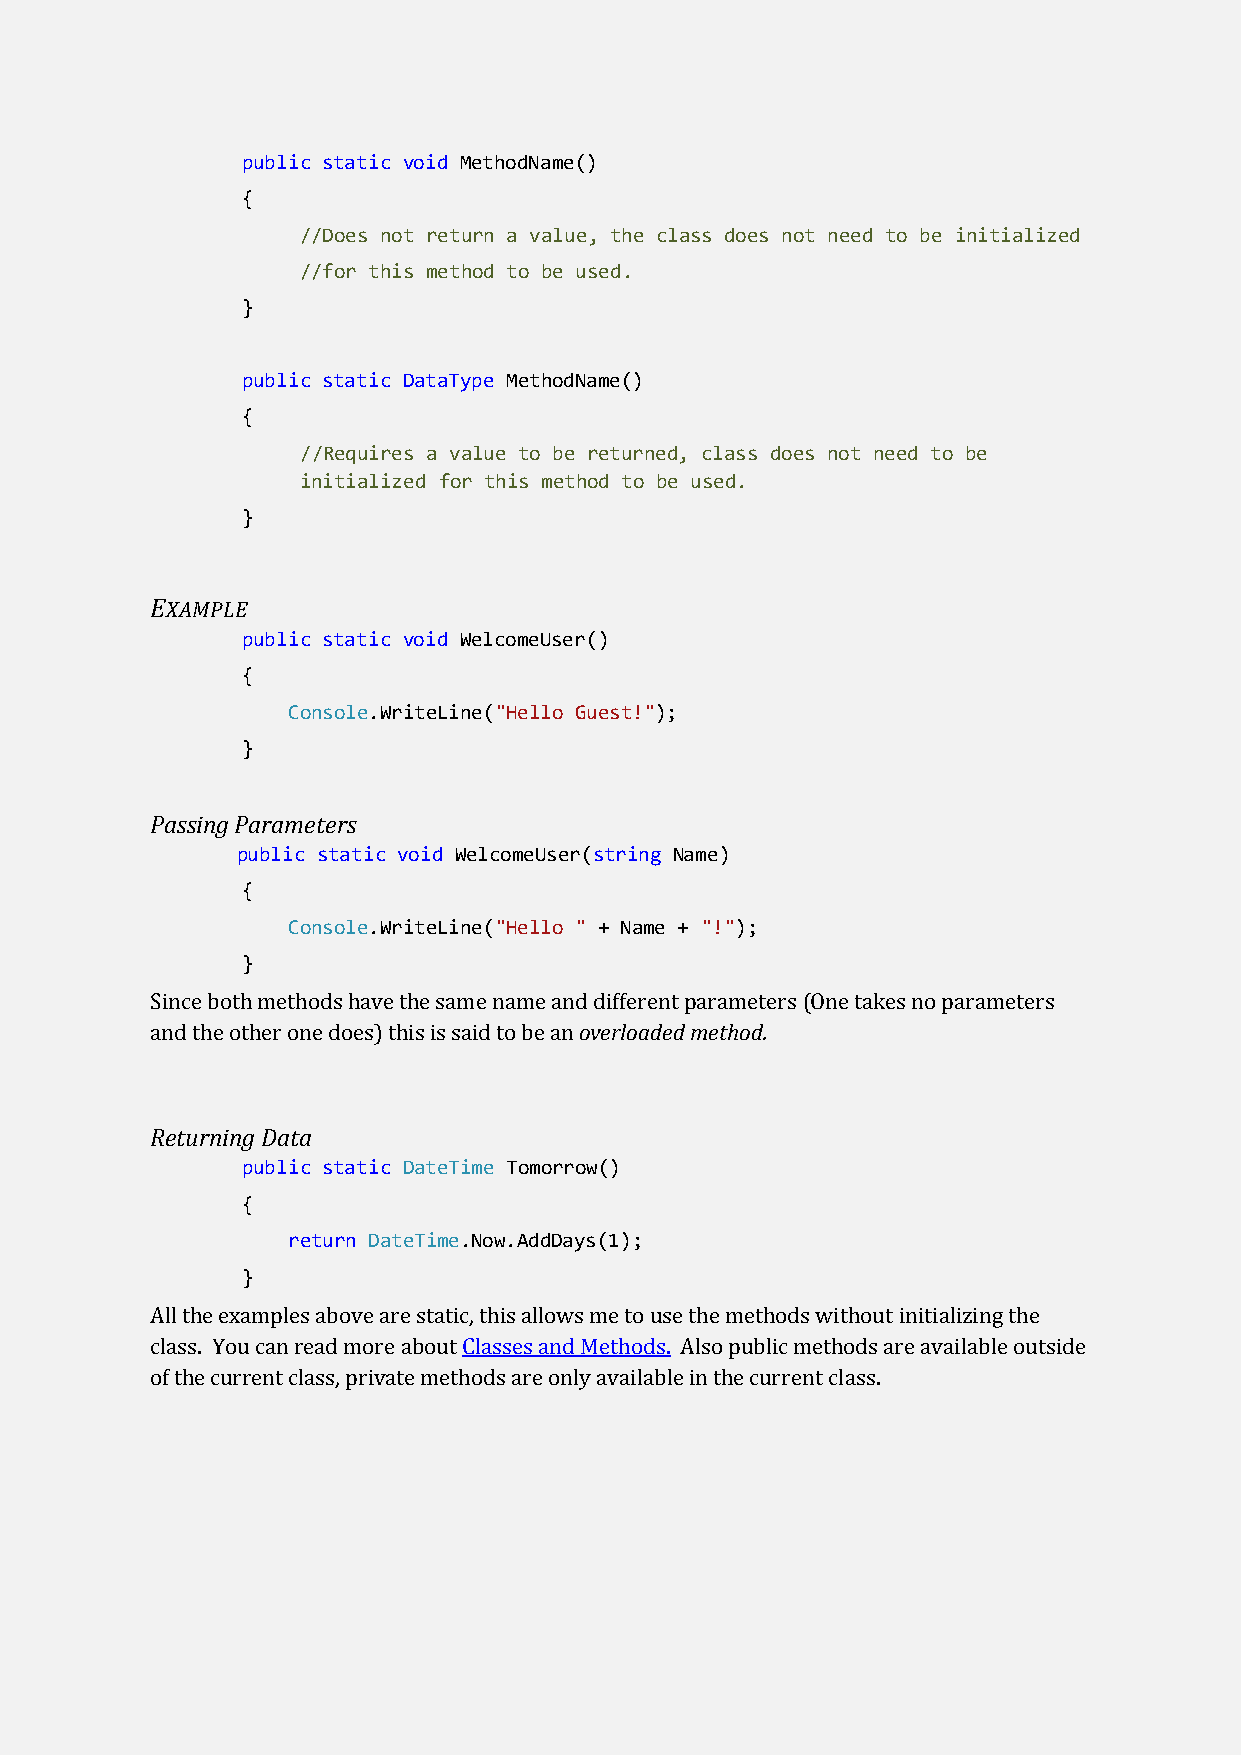
public static void MethodName()
 {
 //Does not return a value, the class does not need to be initialized
 //for this method to be used.
 }
 public static DataType MethodName()
 {
 //Requires a value to be returned, class does not need to be
 initialized for this method to be used.
 }
 EXAMPLE
 public static void WelcomeUser()
 {
 Console.WriteLine("Hello Guest!");
 }
 Passing Parameters
 public static void WelcomeUser(string Name)
 {
 Console.WriteLine("Hello " + Name + "!");
 }
 Since both methods have the same name and different parameters (One takes no parameters
 and the other one does) this is said to be an overloaded method.
 Returning Data
 public static DateTime Tomorrow()
 {
 return DateTime.Now.AddDays(1);
 }
 All the examples above are static, this allows me to use the methods without initializing the
 class. You can read more about Classes and Methods. Also public methods are available outside
 of the current class, private methods are only available in the current class.